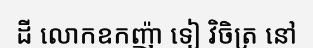
ដី លោកឧកញ៉ា ទៀ វិចិត្រ នៅ